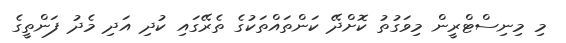
މި މިނިސްޓްރީން މިވަގުތު ކޮށްދޭ ކަންތައްތަކުގެ ތެރޭގައި ކުދި އަދި މެދު ފަންތީގެ